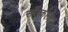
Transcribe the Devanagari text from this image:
साँन्कला